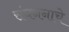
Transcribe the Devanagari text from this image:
संघननाचे